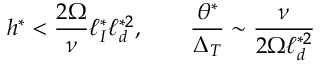
h ^ { * } < \frac { 2 \Omega } { \nu } \ell _ { I } ^ { * } \ell _ { d } ^ { * 2 } , \qquad \frac { \theta ^ { * } } { \Delta _ { T } } \sim \frac { \nu } { 2 \Omega \ell _ { d } ^ { * 2 } }